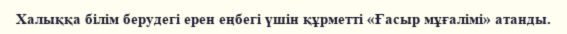
Халыққа білім берудегі ерен еңбегі үшін құрметті «Ғасыр мұғалімі» атанды.